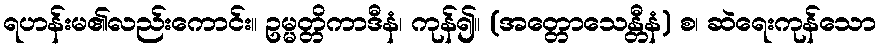
ရဟန်းမ၏လည်းကောင်း။ ဥမ္မတ္တိကာဒီနံ၊ ကုန်၍။ (အတ္တောသေန္တီနံ) စ၊ ဆဲရေးကုန်သော